Civil Veterinary Dept. Assam report 1927-50 - 1927-1950
Year: 1927
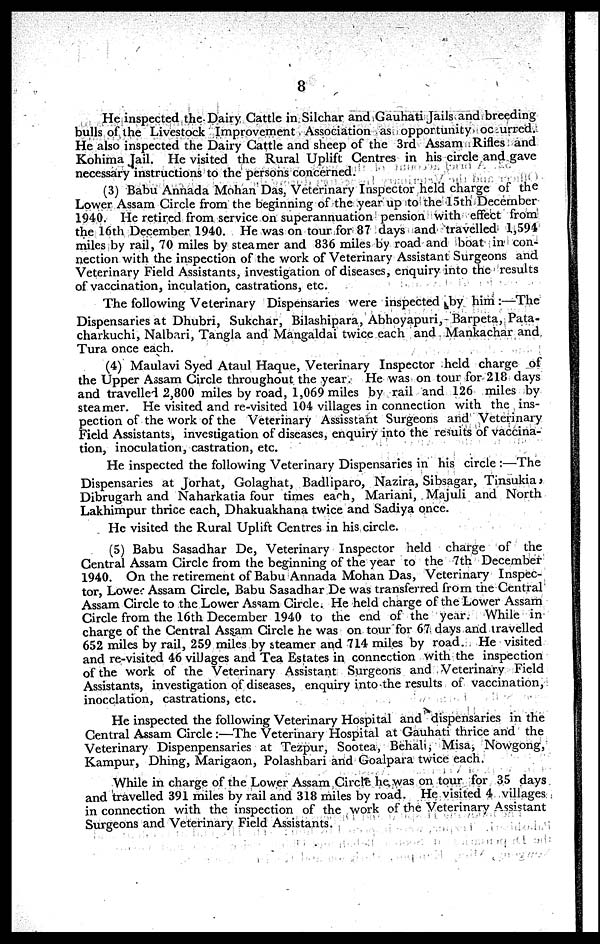
8
He inspected the Dairy Cattle in Silchar and Gauhati Jails and breeding
bulls of the Livestock Improvement Association as opportunity oc urred.
He also inspected the Dairy Cattle and sheep of the 3rd Assam Rifles and
Kohima Jail. He visited the Rural Uplift Centres in his circle and gave
necessary instructions to the persons concerned.
(3) Babu Annada Mohan Das, Veterinary Inspector held charge of the
Lower Assam Circle from the beginning of the year up to the 15th December
1940. He retired from service on superannuation pension with effect from
the 16th December 1940. He was on tour for 87 days and travelled 1,594
miles by rail, 70 miles by steamer and 836 miles by road and boat in con-
nection with the inspection of the work of Veterinary Assistant Surgeons and
Veterinary Field Assistants, investigation of diseases, enquiry into the results
of vaccination, inculation, castrations, etc.
The following Veterinary Dispensaries were inspected by him :—The
Dispensaries at Dhubri, Sukchar, Bilashipara, Abhoyapuri, Barpeta, Pata-
charkuchi, Nalbari, Tangla and Mangaldai twice each and Mankachar and
Tura once each.
(4) Maulavi Syed Ataul Haque, Veterinary Inspector held charge of
the Upper Assam Circle throughout the year. He was on tour for 218 days
and travelled 2,800 miles by road, 1,069 miles by rail and 126 miles by
steamer. He visited and re-visited 104 villages in connection with the ins-
pection of the work of the Veterinary Assisstant Surgeons and Veterinary
Field Assistants, investigation of diseases, enquiry into the results of vaccina-
tion, inoculation, castration, etc.
He inspected the following Veterinary Dispensaries in his circle :—The
Dispensaries at Jorhat, Golaghat, Badliparo, Nazira, Sibsagar, Tinsukia,
Dibrugarh and Naharkatia four times each, Mariani, Majuli and North
Lakhimpur thrice each, Dhakuakhana twice and Sadiya once.
He visited the Rural Uplift Centres in his circle.
(5) Babu Sasadhar De, Veterinary Inspector held charge of the
Central Assam Circle from the beginning of the year to the 7th December
1940. On the retirement of Babu Annada Mohan Das, Veterinary Inspec-
tor, Lowes Assam Circle, Babu Sasadhar De was transferred from the Central
Assam Circle to the Lower Assam Circle. He held charge of the Lower Assam
Circle from the 16th December 1940 to the end of the year. While in
charge of the Central Assam Circle he was on tour for 67 days and travelled
652 miles by rail, 259 miles by steamer and 714 miles by road. He visited
and re-visited 46 villages and Tea Estates in connection with the inspection
of the work of the Veterinary Assistant Surgeons and Veterinary Field
Assistants, investigation of diseases, enquiry into the results of vaccination,
inocclation, castrations, etc.
He inspected the following Veterinary Hospital and dispensaries in the
Central Assam Circle :—The Veterinary Hospital at Gauhati thrice and the
Veterinary Dispenpensaries at Tezpur, Sootea, Behali, Misa, Nowgong,
Kampur, Dhing, Marigaon, Polashbari and Goalpara twice each.
While in charge of the Lower Assam Circle he was on tour for 35 days
and travelled 391 miles by rail and 318 miles by road. He visited 4 villages
in connection with the inspection of the work of the Veterinary Assistant
Surgeons and Veterinary Field Assistants.